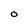
Character: O